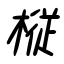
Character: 樅